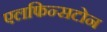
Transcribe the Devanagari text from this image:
एलफिन्सटोन